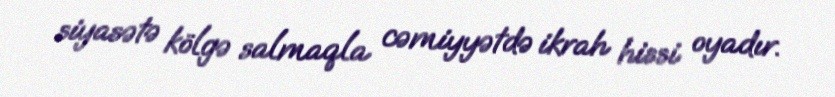
siyasətə kölgə salmaqla cəmiyyətdə ikrah hissi oyadır.